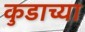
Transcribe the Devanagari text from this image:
कुडाच्या